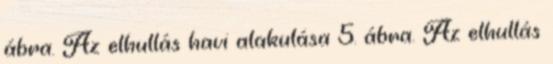
ábra. Az elhullás havi alakulása 5. ábra. Az elhullás